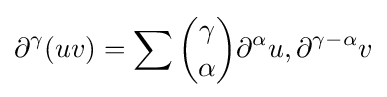
\partial ^{\gamma }(uv)=\sum {\binom {\gamma }{\alpha }}\partial ^{\alpha }u,\partial ^{\gamma -\alpha }v